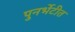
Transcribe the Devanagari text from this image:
पुनर्भेटीत